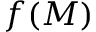
f ( M )